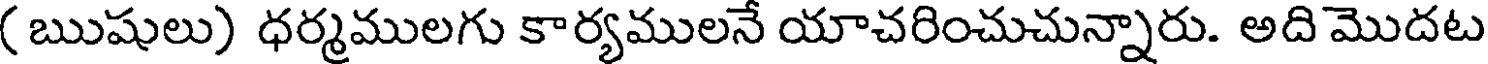
( ఋషులు) ధర్మములగు కార్యములనే యాచరించుచున్నారు. అది మొదట